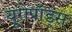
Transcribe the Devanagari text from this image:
यूरोपॉड्स